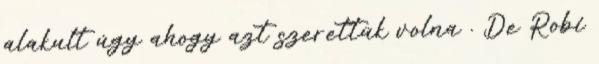
alakult úgy ahogy azt szerettük volna . De Robi